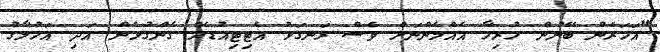
"އަހަރެން ބޭނުން ހުރިހާ އެއްމެންނަށް ވެސް ރަނގަޅު އެޓިޓިއުޑެއް ގެންގުޅެން އަދި އަހުލާގު